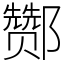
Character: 酂